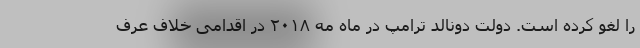
را لغو کرده است. دولت دونالد ترامپ در ماه مه ۲۰۱۸ در اقدامی خلاف عرف